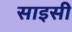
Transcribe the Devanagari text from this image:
साइसी